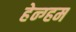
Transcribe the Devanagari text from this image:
हेन्ग्हम